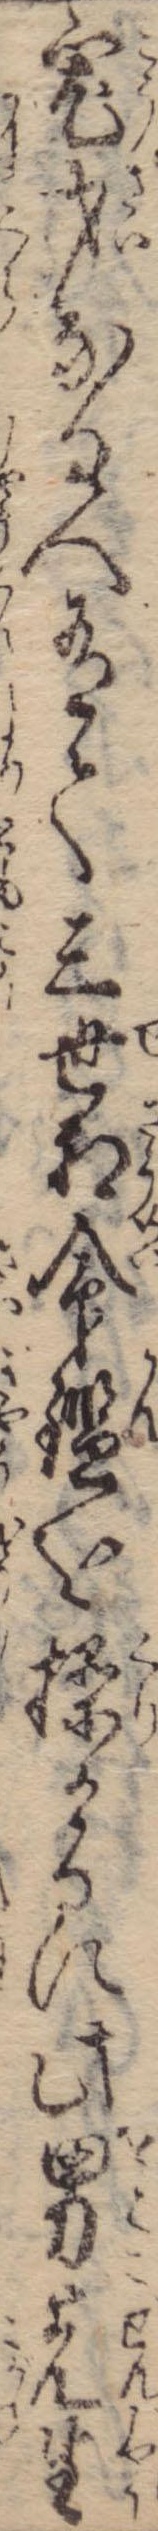
宏才なる人有て三世相命鑑を繰けるに此男先生